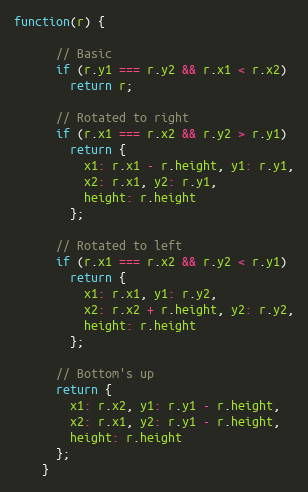
Language: JavaScript
function(r) {

      // Basic
      if (r.y1 === r.y2 && r.x1 < r.x2)
        return r;

      // Rotated to right
      if (r.x1 === r.x2 && r.y2 > r.y1)
        return {
          x1: r.x1 - r.height, y1: r.y1,
          x2: r.x1, y2: r.y1,
          height: r.height
        };

      // Rotated to left
      if (r.x1 === r.x2 && r.y2 < r.y1)
        return {
          x1: r.x1, y1: r.y2,
          x2: r.x2 + r.height, y2: r.y2,
          height: r.height
        };

      // Bottom's up
      return {
        x1: r.x2, y1: r.y1 - r.height,
        x2: r.x1, y2: r.y1 - r.height,
        height: r.height
      };
    }